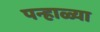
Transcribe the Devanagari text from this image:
पन्हाळ्या